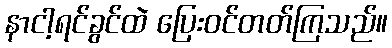
နာငါ့ရင်ခွင်ထဲ ပြေးဝင်တတ်ကြသည်။